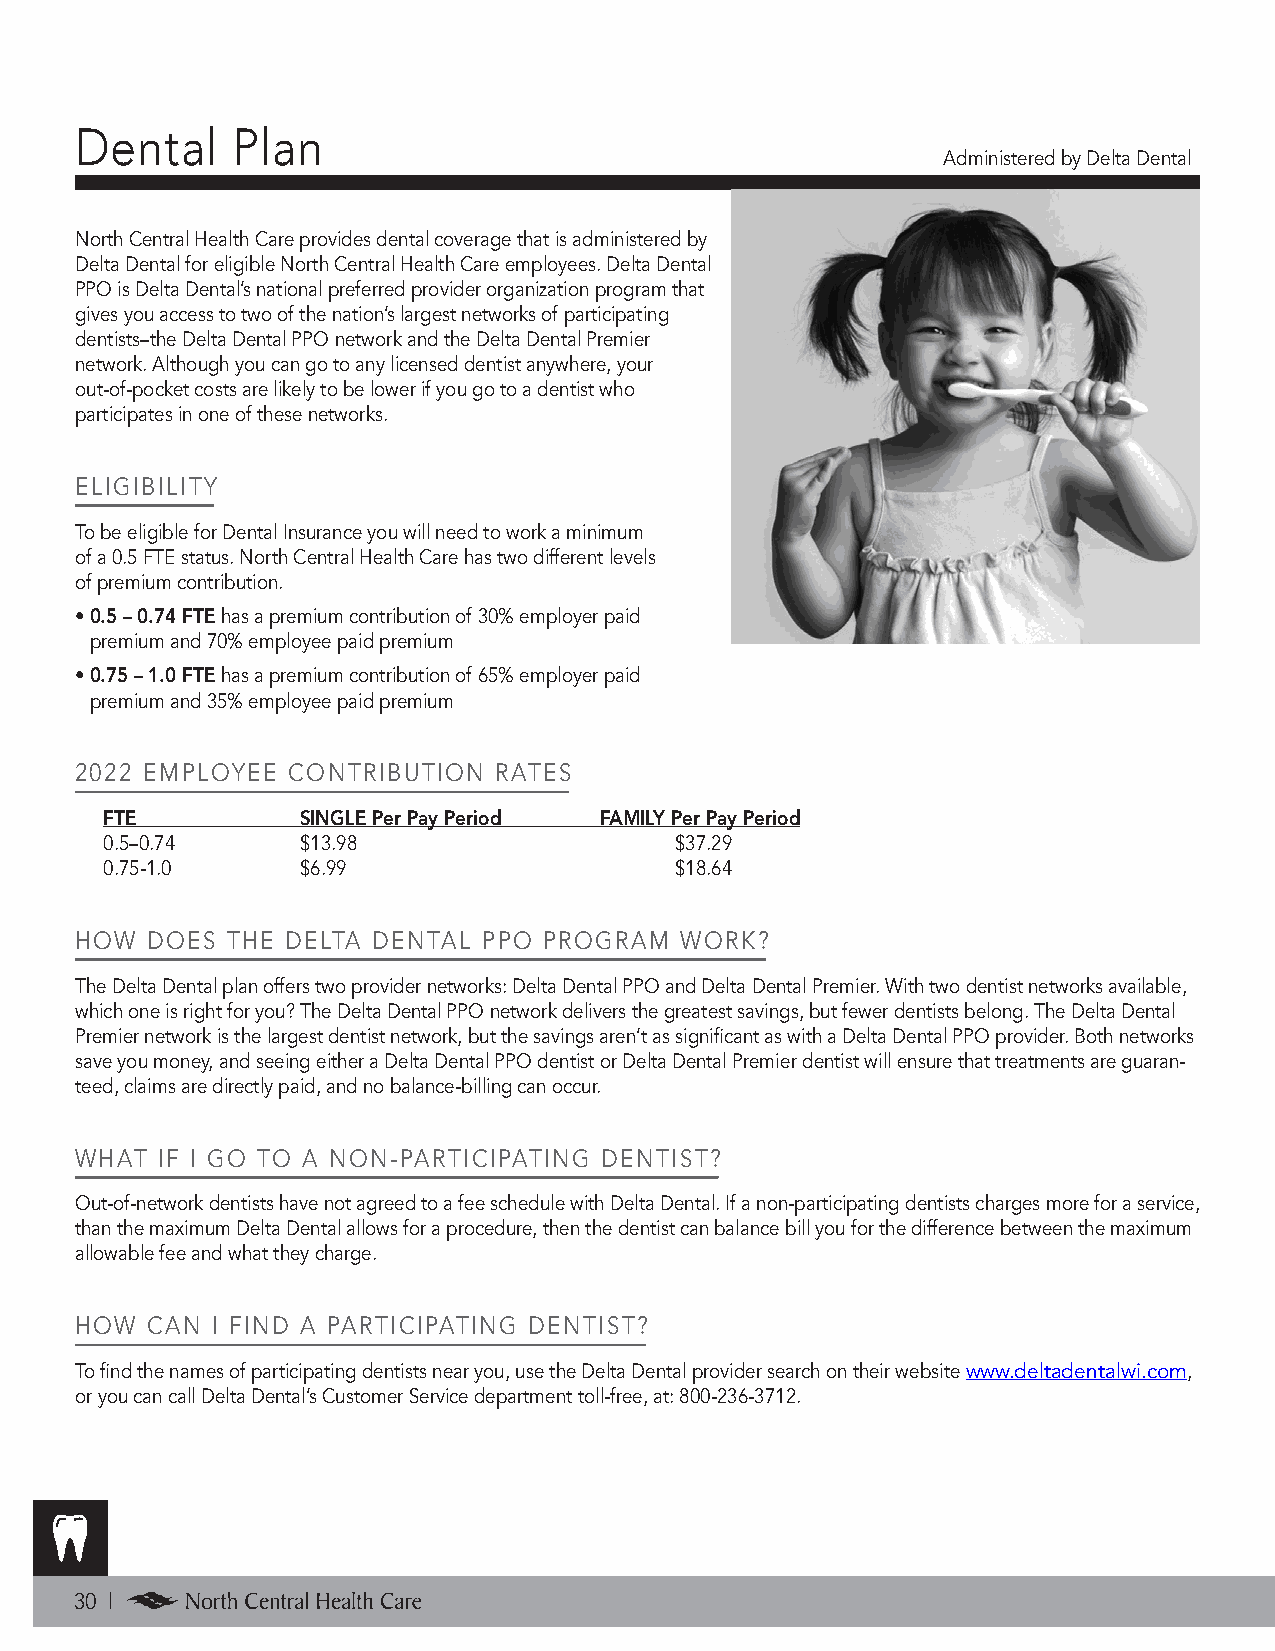
Dental    Plan
 Administered by Delta Dental
 North Central Health Care provides dental coverage that is administered by
 Delta Dental for eligible North Central Health Care employees. Delta Dental
 PPO is Delta Dental’s national preferred provider organization program that
 gives you access to two of the nation’s largest networks of participating
 dentists–the Delta Dental PPO network and the Delta Dental Premier
 network. Although you can go to any licensed dentist anywhere, your
 out-of-pocket costs are likely to be lower if you go to a dentist who
 participates in one of these networks.
 ELIGIBILITY
 To be eligible for Dental Insurance you will need to work a minimum
 of a 0.5 FTE status. North Central Health Care has two different levels
 of premium contribution.
 • 0.5 – 0.74 FTE has a premium contribution of 30% employer paid
 premium and 70% employee paid premium
 • 0.75 – 1.0 FTE has a premium contribution of 65% employer paid
 premium and 35% employee paid premium
 2022 EMPLOYEE CONTRIBUTION  RATES
 FTE          SINGLE Per Pay Period FAMILY Per Pay Period
 0.5–0.74     $13.98                   $37.29
 0.75-1.0     $6.99                    $18.64
 HOW  DOES THE DELTA DENTAL PPO PROGRAM  WORK?
 The Delta Dental plan offers two provider networks: Delta Dental PPO and Delta Dental Premier. With two dentist networks available,
 which one is right for you? The Delta Dental PPO network delivers the greatest savings, but fewer dentists belong. The Delta Dental
 Premier network is the largest dentist network, but the savings aren’t as significant as with a Delta Dental PPO provider. Both networks
 save you money, and seeing either a Delta Dental PPO dentist or Delta Dental Premier dentist will ensure that treatments are guaran-
 teed, claims are directly paid, and no balance-billing can occur.
 WHAT IF I GO TO A NON-PARTICIPATING DENTIST?
 Out-of-network dentists have not agreed to a fee schedule with Delta Dental. If a non-participating dentists charges more for a service,
 than the maximum Delta Dental allows for a procedure, then the dentist can balance bill you for the difference between the maximum
 allowable fee and what they charge.
 HOW  CAN I FIND A PARTICIPATING DENTIST?
 To find the names of participating dentists near you, use the Delta Dental provider search on their website www.deltadentalwi.com,
 or you can call Delta Dental’s Customer Service department toll-free, at: 800-236-3712.
 30 |